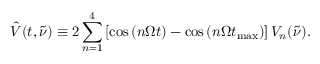
\hat { V } ( t , \tilde { \nu } ) \equiv 2 \sum _ { n = 1 } ^ { 4 } \left[ \cos \left( { n \Omega t } \right) - \cos \left( { n \Omega t _ { \mathrm { m a x } } } \right) \right] V _ { n } ( \tilde { \nu } ) .